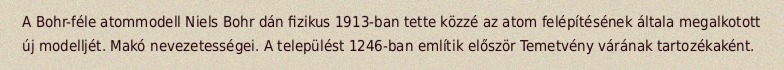
A Bohr-féle atommodell Niels Bohr dán fizikus 1913-ban tette közzé az atom felépítésének általa megalkotott új modelljét. Makó nevezetességei. A települést 1246-ban említik először Temetvény várának tartozékaként.